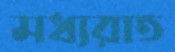
মধ্যরাত